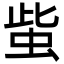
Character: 䖪